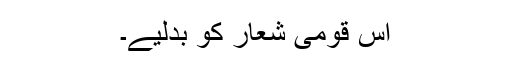
اس قومی شعار کو بدلیے۔